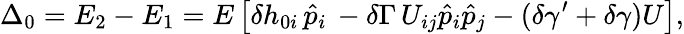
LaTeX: \Delta_{0}=E_{2}-E_{1}=E\left[\delta h_{0i}\, \hat{p}_{i}\, -\delta\Gamma\, U_{ij}\hat{p}_{i}\hat{p}_{j}-(\delta\gamma^{\prime}+\delta\gamma)U\right],